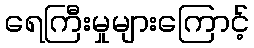
ရေကြီးမှုများကြောင့်